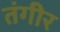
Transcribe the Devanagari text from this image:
तंगीर